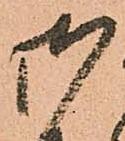
御